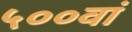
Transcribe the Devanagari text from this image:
५००वां